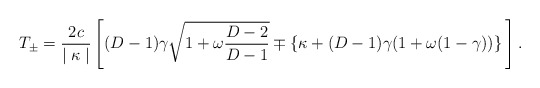
\begin{align*}T_{\pm} = \frac{2c}{\mid \kappa \mid} \left[ (D-1)\gamma \sqrt{1+\omega \frac{D-2}{D-1}} \mp \{\kappa+(D-1) \gamma (1+\omega(1-\gamma))\} \frac{}{} \right].\end{align*}